Annual report of the Punjab Veterinary College and of the Civil Veterinary Department, Punjab - 1909-1919
Year: 1909
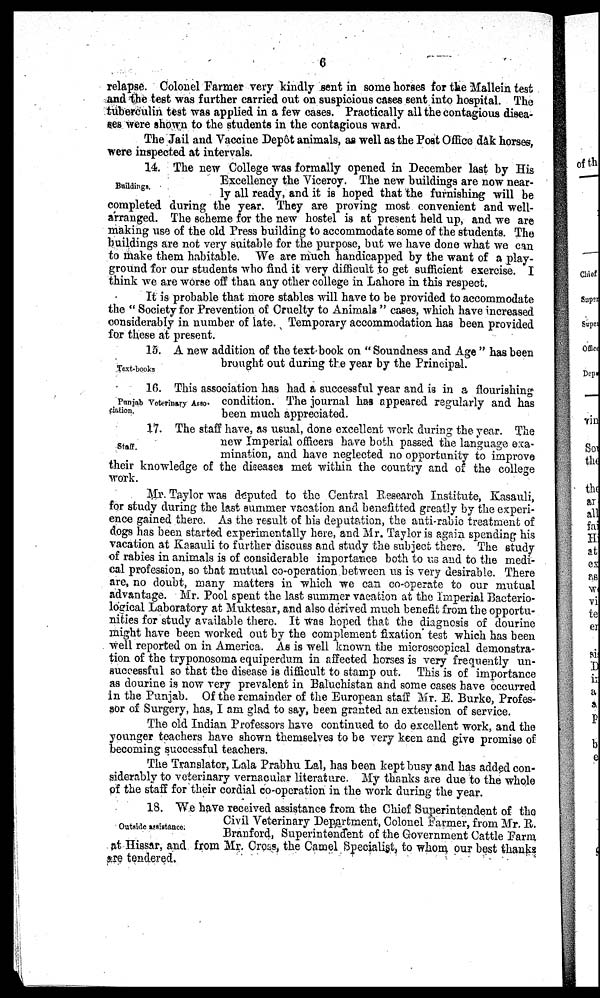
6
relapse. Colonel Farmer very kindly sent in some horses for the Mallein test
and the test was further carried out on suspicious cases sent into hospital. The
tuberculin test was applied in a few cases. Practically all the contagious disea-
ses were shown to the students in the contagious ward.
The Jail and Vaccine Depôt animals, as well as the Post Office dâk horses,
were inspected at intervals.
Buildings.
14. The new College was formally opened in December last by His
Excellency the Viceroy. The new buildings are now near-
ly all ready, and it is hoped that the furnishing will be
completed during the year. They are proving most convenient and well-
arranged. The scheme for the new hostel is at present held up, and we are
making use of the old Press building to accommodate some of the students. The
buildings are not very suitable for the purpose, but we have done what we can
to make them habitable. We are much handicapped by the want of a play-
ground for our students who find it very difficult to get sufficient exercise. I
think we are worse off than any other college in Lahore in this respect.
It is probable that more stables will have to be provided to accommodate
the " Society for Prevention of Cruelty to Animals " cases, which have increased
considerably in number of late. Temporary accommodation has been provided
for these at present.
Text-books
15. A new addition of the text book on "Soundness and Age " has been
brought out during the year by the Principal.
Punjab Veterinary Asso-
ciation.
16. This association has had a successful year and is in a flourishing
condition. The journal has appeared regularly and has
been much appreciated.
Staff.
17. The staff have, as usual, done excellent work during the year. The
new Imperial officers have both passed the language exa-
mination, and have neglected no opportunity to improve
their knowledge of the diseases met within the country and of the college
work.
Mr. Taylor was deputed to the Central Research Institute, Kasauli,
for study during the last summer vacation and benefitted greatly by the experi-
ence gained there. As the result of his deputation, the anti-rabic treatment of
dogs has been started experimentally here, and Mr. Taylor is again spending his
vacation at Kasauli to further discuss and study the subject there. The study
of rabies in animals is of considerable importance both to us and to the medi-
cal profession, so that mutual co-operation between us is very desirable. There
are, no doubt, many matters in which we can co-operate to our mutual
advantage. Mr. Pool spent the last summer vacation at the Imperial Bacterio-
logical Laboratory at Muktesar, and also derived much benefit from the opportu-
nities for study available there. It was hoped that the diagnosis of dourine
might have been worked out by the complement fixation test which has been
well reported on in America. As is well known the microscopical demonstra-
tion of the tryponosoma equiperdum in affected horses is very frequently un-
successful so that the disease is difficult to stamp out. This is of importance
as dourine is now very prevalent in Baluchistan and some cases have occurred
in the Punjab. Of the remainder of the European staff Mr. E. Burke, Profes-
sor of Surgery, has, I am glad to say, been granted an extension of service.
The old Indian Professors have continued to do excellent work, and the
younger teachers have shown themselves to be very keen and give promise of
becoming successful teachers.
The Translator, Lala Prabhu Lal, has been kept busy and has added con-
siderably to veterinary vernacular literature. My thanks are due to the whole
of the staff for their cordial co-operation in the work during the year.
Outside assistance.
18. We have received assistance from the Chief Superintendent of the
Civil Veterinary Department, Colonel Farmer, from Mr. R.
Branford, Superintendent of the Government Cattle Farm
at Hissar, and from Mr. Cross, the Camel Specialist, to whom our best thanks
are tendered.